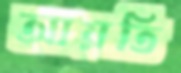
আয়তি